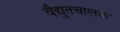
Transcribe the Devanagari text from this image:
वैद्युतचालक